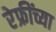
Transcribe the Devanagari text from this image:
रेफ्रींच्या